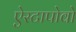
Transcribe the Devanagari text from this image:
ऐस्टापोवो